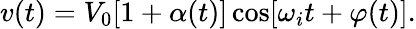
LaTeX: v(t)=V_{0}[1+\alpha(t)]\cos[\omega_{i}t+\varphi(t)].